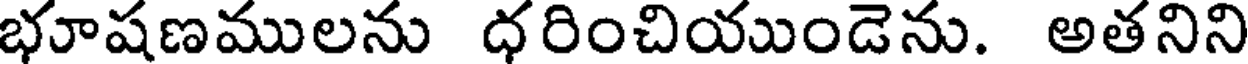
భూషణములను ధరించియుండెను. అతనిని